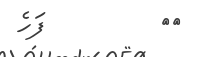
٧٨         ފަހެ